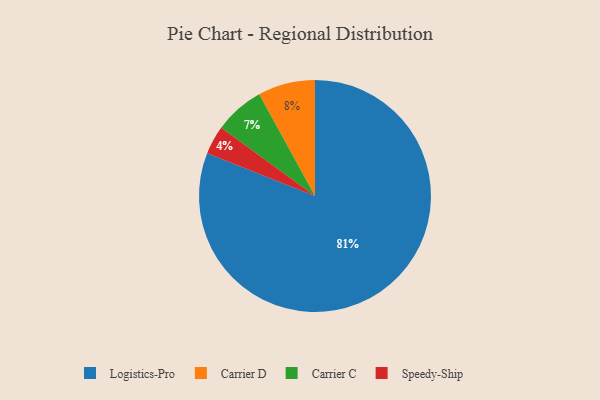
{"axis": {"x": "Category", "y": "Percentage"}, "legend": ["Carrier C", "Carrier D", "Logistics-Pro", "Speedy-Ship"], "data": [{"x": "Carrier D", "y": 8, "type": "Carrier D"}, {"x": "Logistics-Pro", "y": 81, "type": "Logistics-Pro"}, {"x": "Carrier C", "y": 7, "type": "Carrier C"}, {"x": "Speedy-Ship", "y": 4, "type": "Speedy-Ship"}]}